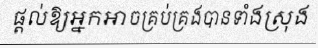
ផ្តល់ឱ្យអ្នកអាចគ្រប់គ្រងបានទាំងស្រុង